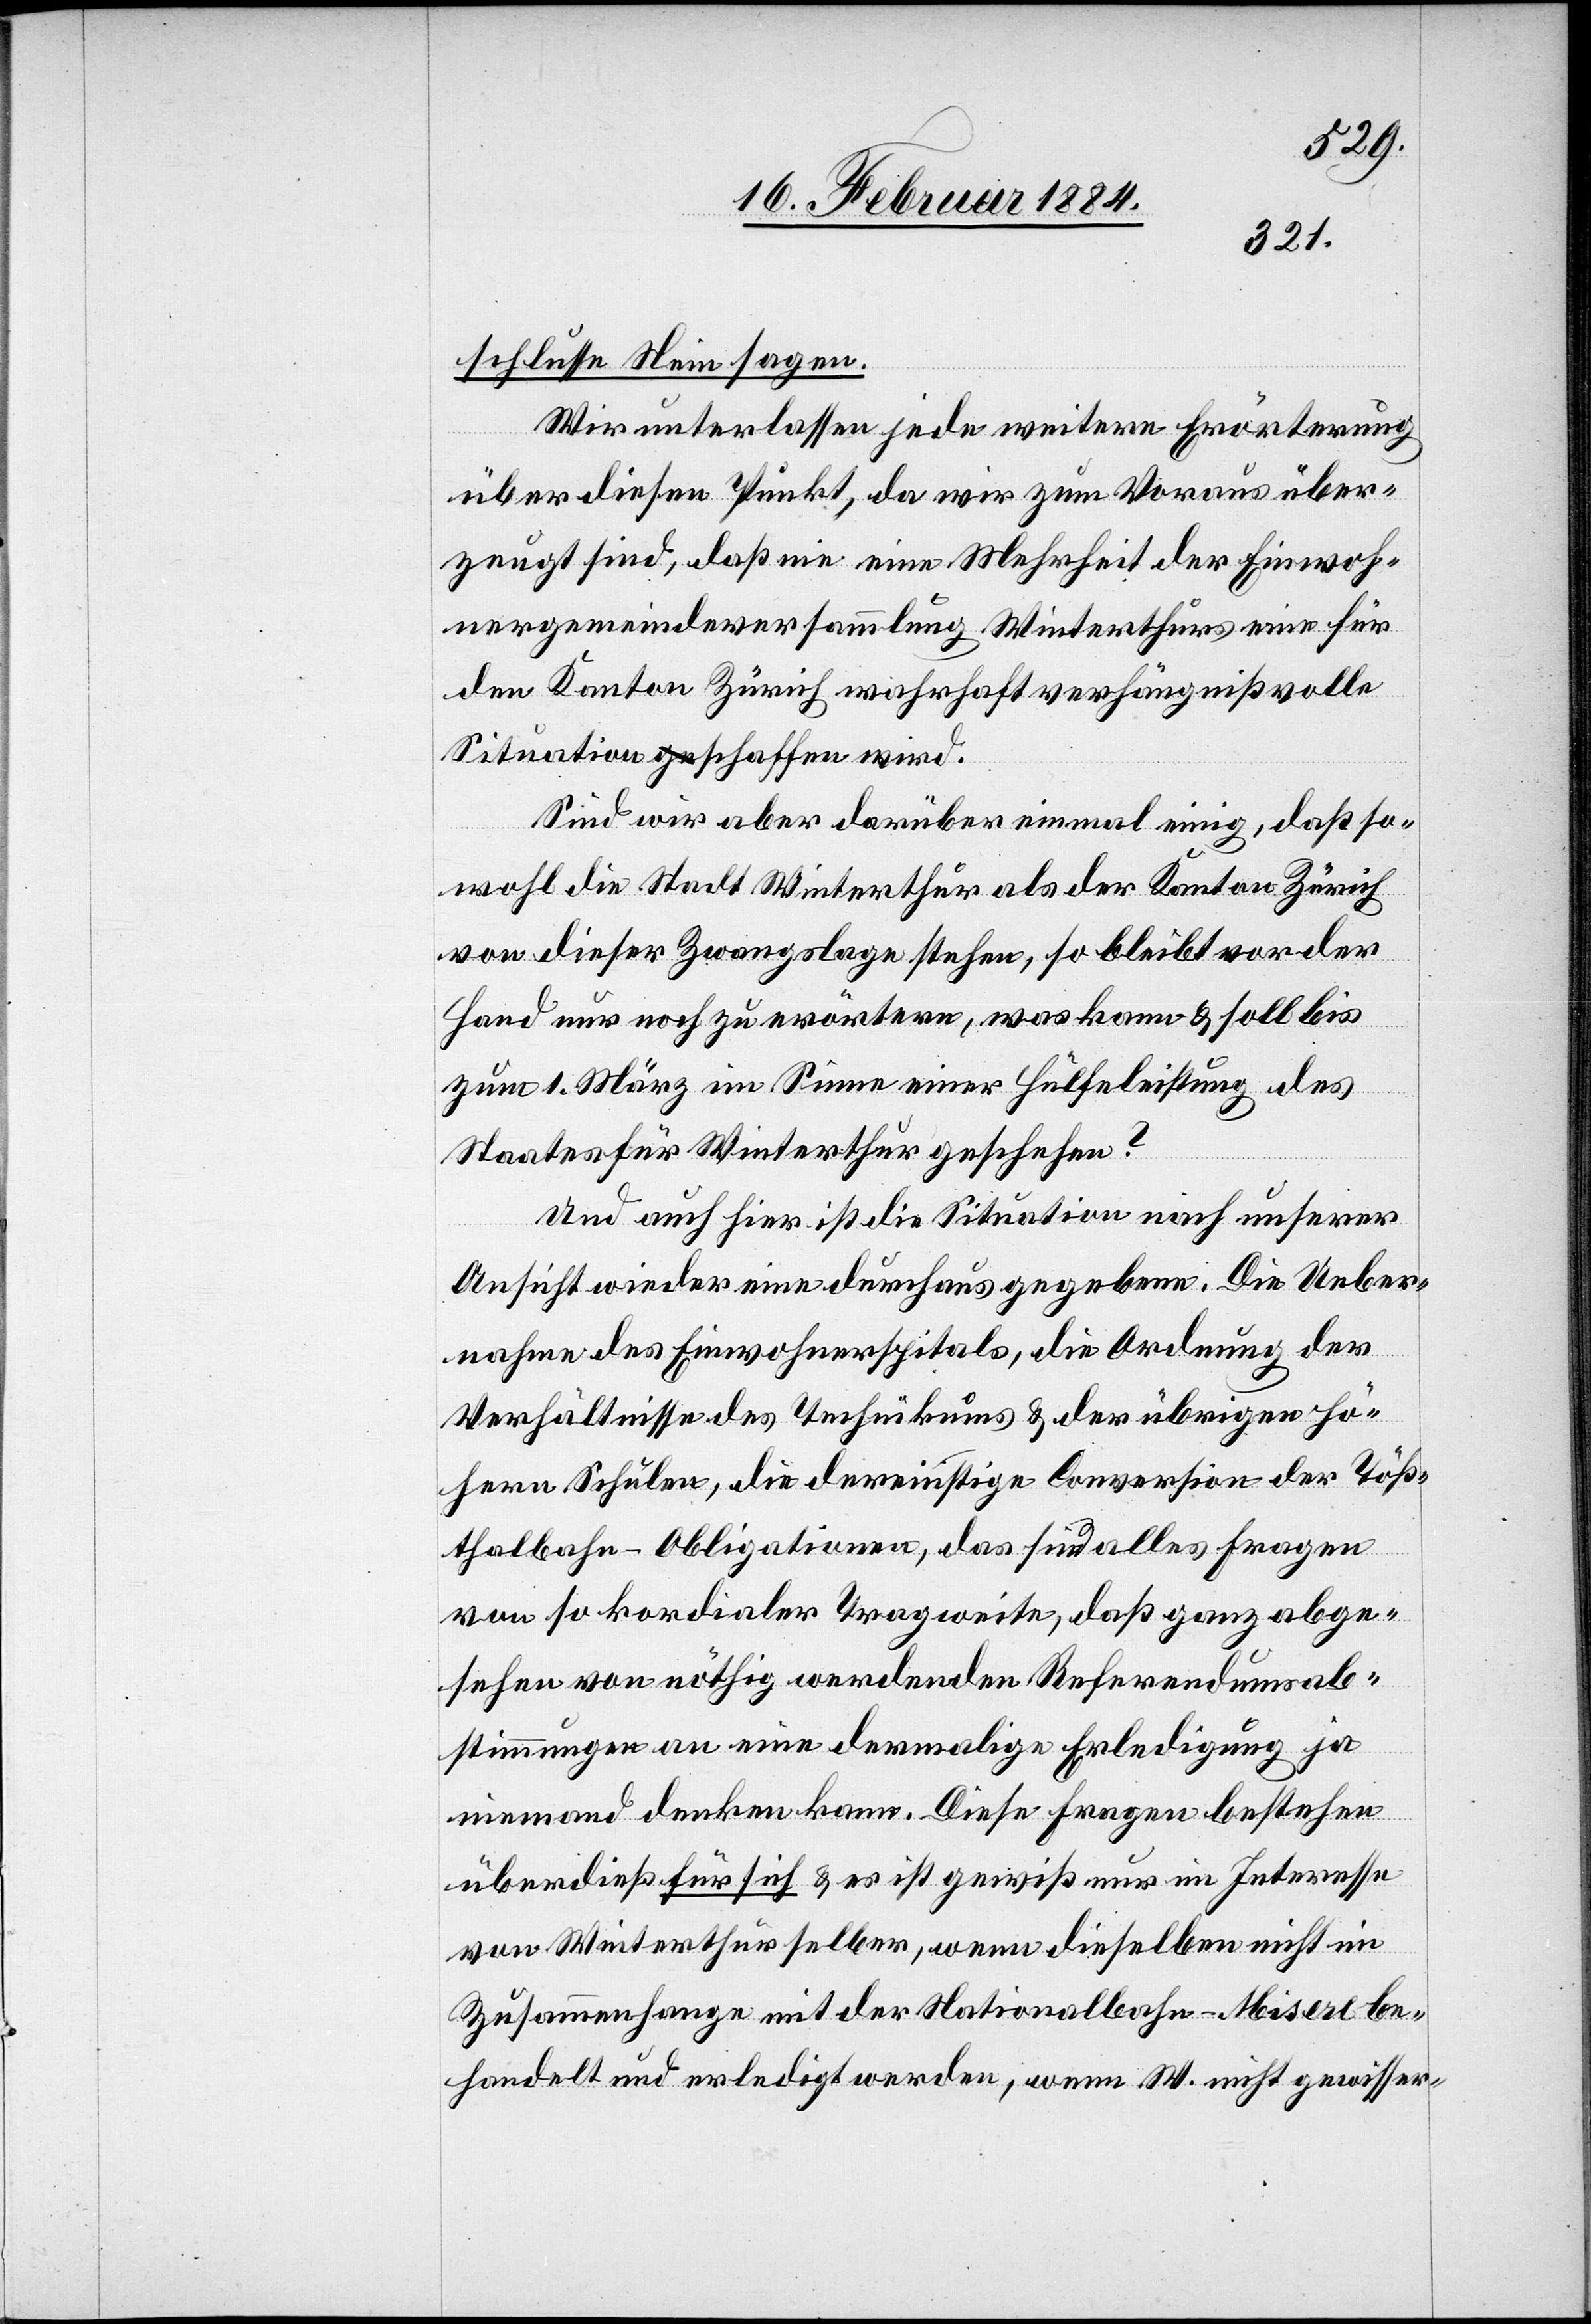
schlusse Nein sagen.“
Wir unterlassen jede weitere Erörterung
über diesen Punkt, da wir zum Voraus über¬
zeugt sind, daß nie eine Mehrheit der Einwoh¬
nergemeindeversammlung Winterthurs eine für
den Kanton Zürich wahrhaft verhängnißvolle
Situation schaffen wird.
Sind wir aber darüber einmal einig, daß so¬
wohl die Stadt Winterthur als der Kanton Zürich
vor dieser Zwangslage stehen, so bleibt vor der
Hand nur noch zu erörtern, was kann & soll bis
zum 1. März im Sinne einer Hülfeleistung des
Staates für Winterthur geschehen?
Und auch hier ist die Situation nach unserer
Ansicht wieder eine durchaus gegebene. Die Ueber¬
nahme des Einwohnerspitals, die Ordnung der
Verhältnisse des Technikums & der übrigen hö¬
hern Schulen, die dereinstige Conversion der Töß¬
thalbahn-Obligation, das sind alles Fragen
von so kordialer [sic!] Tragweite, daß ganz abge¬
sehen von nöthig werdenden Referendumsab¬
stimmungen an eine dermalige Erledigung ja
niemand denken kann. Diese Fragen bestehen
überdieß für sich & es ist gewiß nur im Interesse
von Winterthur selber, wenn dieselben nicht im
Zusammenhange mit der Nationalbahn-Misere be¬
handelt und erledigt werden, wenn W. nicht gewisser-